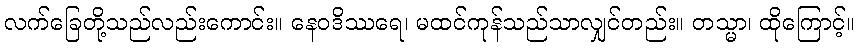
လက်ခြေတို့သည်လည်းကောင်း။ နေဝဒိဿရေ၊ မထင်ကုန်သည်သာလျှင်တည်း။ တသ္မာ၊ ထိုကြောင့်။